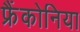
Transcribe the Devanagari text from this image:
फ्रैंकोनिया